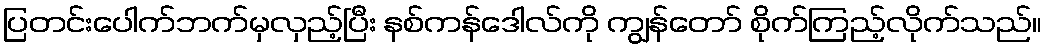
ပြတင်းပေါက်ဘက်မှလှည့်ပြီး နစ်ကန်ဒေါလ်ကို ကျွန်တော် စိုက်ကြည့်လိုက်သည်။